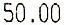
50.00